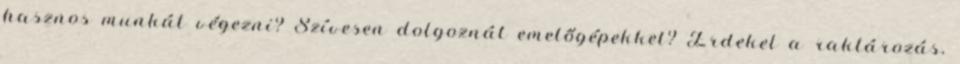
hasznos munkát végezni? Szívesen dolgoznál emelőgépekkel? Érdekel a raktározás,